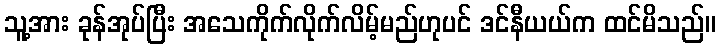
သူ့အား ခုန်အုပ်ပြီး အသေကိုက်လိုက်လိမ့်မည်ဟုပင် ဒင်နီယယ်က ထင်မိသည်။